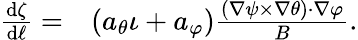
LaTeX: \begin{array}{rl}{\frac{\mathrm{d}\zeta}{\mathrm{d}\ell}=}&{{}(a_{\theta}\iota+a_{\varphi})\frac{\left(\nabla\psi\times\nabla\theta\right)\cdot\nabla\varphi}{B}.}\end{array}